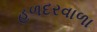
હળદરવાળા